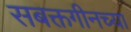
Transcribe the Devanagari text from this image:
सबक्तगीनच्या